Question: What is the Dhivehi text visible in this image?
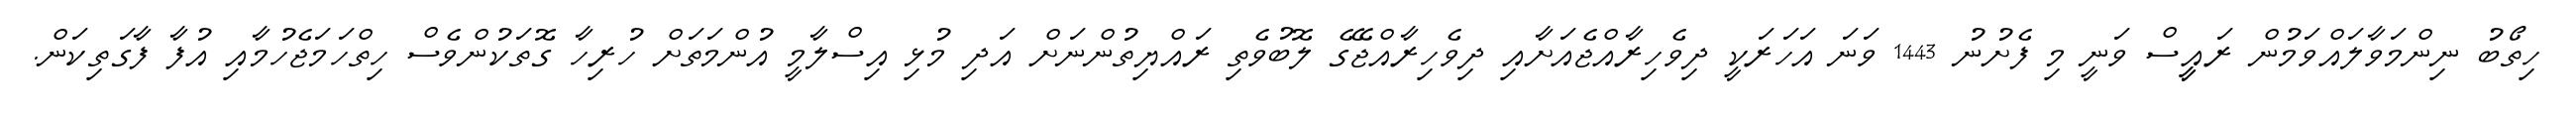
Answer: ހިތޯބު ނިންމަވާލައްވަމުން ރައީީސް ވަނީ މި ފެށުނު 1443 ވަނަ އަހަރަކީ ދިވެހިރާއްޖެއަށާއި ދިވެހިރާއްޖޭގެ ލޮބުވެތި ރައްޔިތުންނަށް އަދި މުޅި އިސްލާމީ އުންމަތަށް ހުރިހާ ގޮތަކުންވެސް ހިތްހަމަޖެހުމާއި އުފާ ފާގަތިކަން.